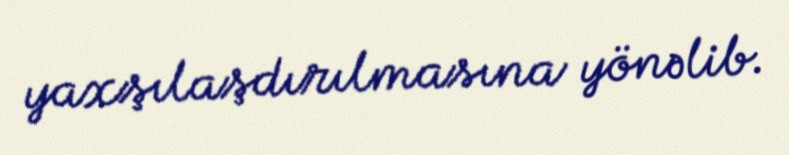
yaxşılaşdırılmasına yönəlib.